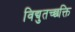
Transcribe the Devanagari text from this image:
विद्युतच्छक्ति